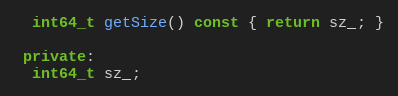
Language: C++
  int64_t getSize() const { return sz_; }

 private:
  int64_t sz_;